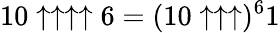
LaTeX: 10\uparrow\uparrow\uparrow\uparrow 6=(10\uparrow\uparrow\uparrow)^{6}1